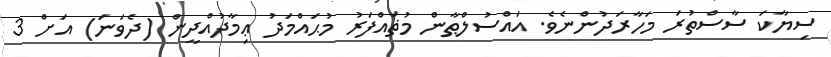
ސިޔާކަ ސާސްތުރަ މަހާރަދުންނެވެ. އައްސުލްޠާން މުޡައްފަރު މުޙައްމަދު ޢިމާދުއްދީން (ދެވަނަ) އަށް 3